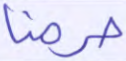
حرمنا